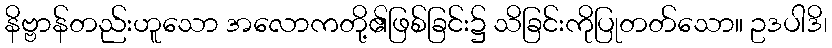
နိဗ္ဗာန်တည်းဟူသော အလောကတို့၏ဖြစ်ခြင်း၌ သိခြင်းကိုပြုတတ်သော။ ဥဒပါဒိ၊